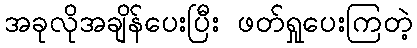
အခုလိုအချိန်ပေးပြီး ဖတ်ရှုပေးကြတဲ့